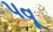
પવૂ